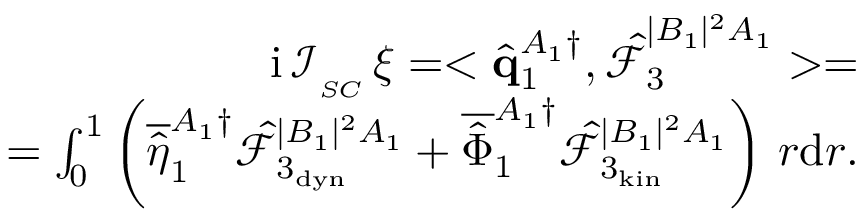
\begin{array} { r } { \mathrm { i } \, \mathcal { I } _ { _ { S C } } \, \xi = < \hat { \mathbf { q } } _ { 1 } ^ { A _ { 1 } \dagger } , \boldsymbol { \hat { \mathcal { F } } } _ { 3 } ^ { | B _ { 1 } | ^ { 2 } A _ { 1 } } > = } \\ { = \int _ { 0 } ^ { 1 } \left( \overline { { \hat { \eta } } } _ { 1 } ^ { A _ { 1 } \dagger } \hat { \mathcal { F } } _ { 3 _ { \mathrm { d y n } } } ^ { | B _ { 1 } | ^ { 2 } A _ { 1 } } + \overline { { \hat { \Phi } } } _ { 1 } ^ { A _ { 1 } \dagger } \hat { \mathcal { F } } _ { 3 _ { \mathrm { k i n } } } ^ { | B _ { 1 } | ^ { 2 } A _ { 1 } } \right) \, r \mathrm { d } r . } \end{array}